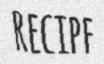
RECIPE